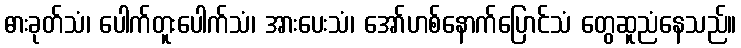
ဓားခုတ်သံ၊ ပေါက်တူးပေါက်သံ၊ အားပေးသံ၊ အော်ဟစ်နောက်ပြောင်သံ တွေဆူညံနေသည်။